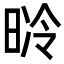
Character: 𣇝